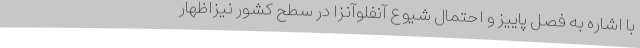
با اشاره به فصل پاییز و احتمال شیوع آنفلوآنزا در سطح کشور نیزاظهار